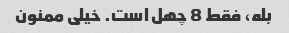
بله، فقط 8 چهل است. خیلی ممنون